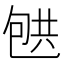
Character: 𰅟